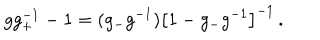
g g _ { + } ^ { - 1 } - 1 = ( g _ { - } g ^ { - 1 } ) \bigl [ 1 - g _ { - } g ^ { - 1 } \bigr ] ^ { - 1 } \, .